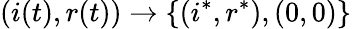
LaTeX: (i(t),r(t))\to\{ (i^{*},r^{*}),(0,0)\}